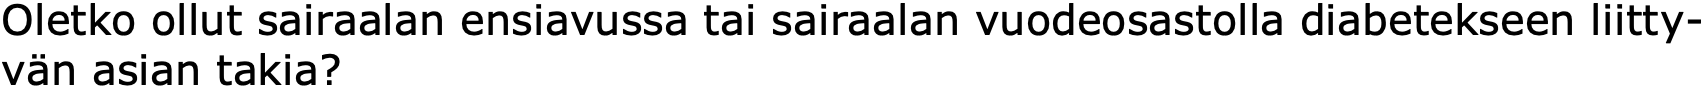
Oletko ollut sairaalan ensiavussa tai sairaalan vuodeosastolla diabetekseen liitty- vän asian takia?